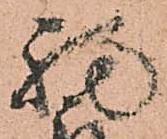
福